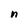
Character: n